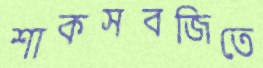
শাকসবজিতে